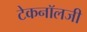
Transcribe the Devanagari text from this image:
टेकनॉलजी